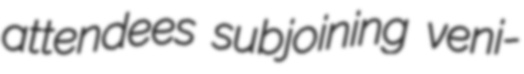
attendees subjoining veni-